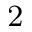
^ \mathrm { 2 }